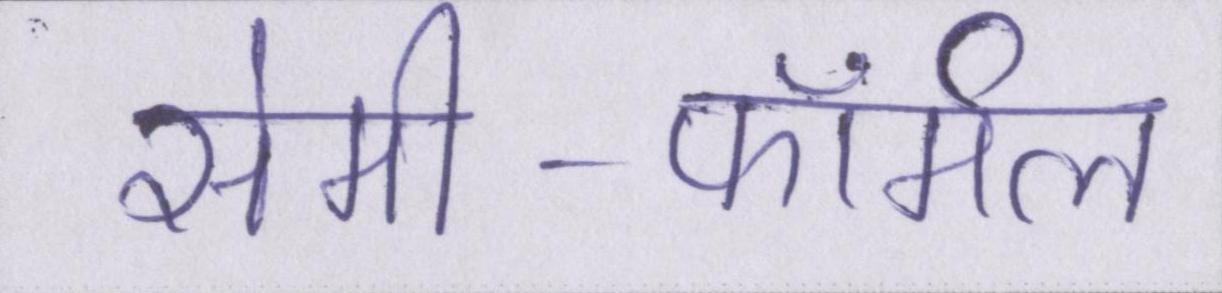
सेमी-फॉर्मल